Madras plague regulations and rules - Volume 2
Disease focus: Plague
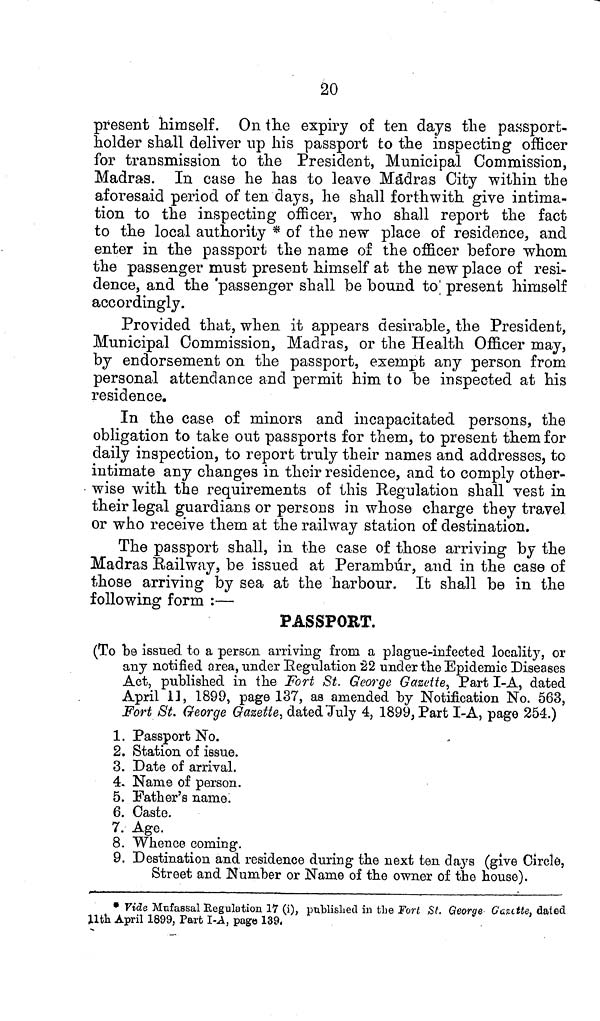
20
present himself. On the expiry of ten days the passport-
holder shall deliver up his passport to the inspecting officer
for transmission to the President, Municipal Commission,
Madras. In case he has to leave Madras City within the
aforesaid period of ten days, he shall forthwith give intima-
tion to the inspecting officer, who shall report the fact
to the local authority * of the new place of residence, and
enter in the passport the name of the officer before whom
the passenger must present himself at the new place of resi-
dence, and the passenger shall be bound to present himself
accordingly.
Provided that, when it appears desirable, the President,
Municipal Commission, Madras, or the Health Officer may,
by endorsement on the passport, exempt any person from
personal attendance and permit him to be inspected at his
residence.
In the case of minors and incapacitated persons, the
obligation to take out passports for them, to present them for
daily inspection, to report truly their names and addresses, to
intimate any changes in their residence, and to comply other-
wise with the requirements of this Regulation shall vest in
their legal guardians or persons in whose charge they travel
or who receive them at the railway station of destination.
The passport shall, in the case of those arriving by the
Madras Railway, be issued at Perambúr, and in the case of
those arriving by sea at the harbour. It shall be in the
following form :—
PASSPORT.
(To be issued to a person arriving from a plague-infected locality, or
any notified area, under Regulation 22 under the Epidemic Diseases
Act, published in the Fort St. George Gazette, Part I-A, dated
April 11, 1899, page 137, as amended by Notification No. 563,
Fort St. George Gazette, dated July 4, 1899, Part I-A, page 254.)
1. Passport No.
2. Station of issue.
3. Date of arrival.
4. Name of person.
5. Father's name.
6. Caste.
7. Age.
8. Whence coming.
9. Destination and residence during the next ten days (give Circle,
Street and Number or Name of the owner of the house).
* Vide Mufassal Regulation 17 (i), published in the Fort St. George Gazette, dated
11th April 1899, Part I-A, page 139.